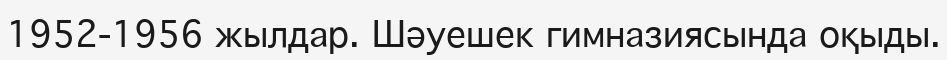
1952-1956 жылдар. Шәуешек гимназиясында оқыды.